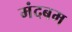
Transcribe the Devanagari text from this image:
मंदबम